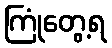
ကြုံတွေ့ရ